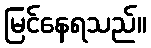
မြင်နေရသည်။